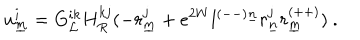
LaTeX: u _ { \underline { { { m } } } } ^ { i } = G _ { { \cal L } } ^ { i k } H _ { R } ^ { k j } ( - r _ { \underline { { { m } } } } ^ { j } + e ^ { 2 W } l ^ { ( -- ) \underline { { { n } } } } r _ { \underline { { { n } } } } ^ { j } r _ { \underline { { { m } } } } ^ { ( + + ) } ) ~ .